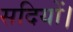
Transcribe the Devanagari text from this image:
सदियों।